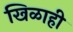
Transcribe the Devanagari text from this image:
खिळाही